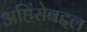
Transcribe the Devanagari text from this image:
अहिंसेबद्दल